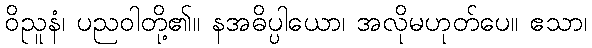
ဝိညူနံ၊ ပညဝါတို့၏။ နအဓိပ္ပါယော၊ အလိုမဟုတ်ပေ။ ဧသာ၊